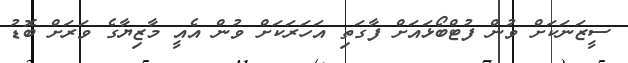
ސީޒަނަކަށް ވުން ފުޓްބޯޅައަށް ފާގަތި އަހަރަކަށް ވުން އެއީ މާޒިޔާގެ ވަރަށް ބޮޑު